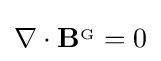
\nabla \cdot \mathbf {B} ^{_{\mathrm {G} }}=0